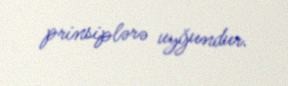
prinsiplərə uyğundur.